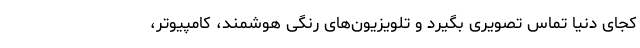
کجای دنیا تماس تصویری بگیرد و تلویزیون‌های رنگی هوشمند، کامپیوتر،